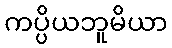
ကပ္ပိယဘူမိယာ